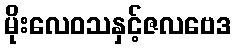
မိုးလေဝသနှင့်ဇလဗေဒ